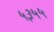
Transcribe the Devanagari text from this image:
५३५५